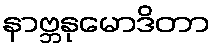
နာဗ္ဘနုမောဒိတာ